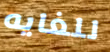
للغايه